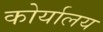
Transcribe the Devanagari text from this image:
कोर्यालय